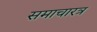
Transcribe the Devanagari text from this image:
समाचारत्र